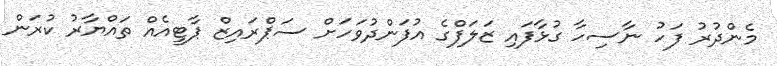
މެންދުރު ފަހު ނާސިހާ ގުޅާފައި ޒަލަފްގެ އުފަންދުވަހަށް ސަޕްރައިޒް ޕާޓީއެއް ތައްޔާރު ކުރަން